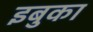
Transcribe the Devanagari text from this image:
इबुका